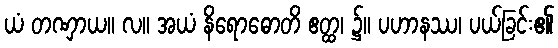
ယံ တဏှာယ။ လ။ အယံ နိရောဓောတိ ဧတ္ထ၊ ၌။ ပဟာနဿ၊ ပယ်ခြင်း၏